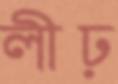
লীঢ়